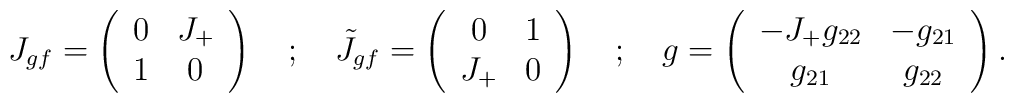
J_{gf}=\left( \begin{array}{cc}0 & J_{+}\\1 & 0\end{array}\right) \quad ;\quad \tilde{J}_{gf}=\left( \begin{array}{cc}0 & 1\\J_{+} & 0\end{array}\right) \quad ;\quad g=\left( \begin{array}{cc}-J_{+}g_{22} & -g_{21}\\g_{21} & g_{22}\end{array}\right) .